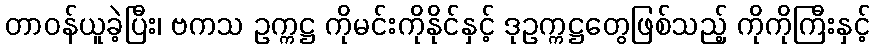
တာဝန်ယူခဲ့ပြီး၊ ဗကသ ဥက္ကဋ္ဌ ကိုမင်းကိုနိုင်နှင့် ဒုဥက္ကဋ္ဌတွေဖြစ်သည့် ကိုကိုကြီးနှင့်